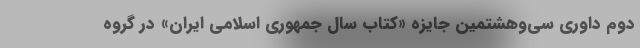
دوم داوری سی‌وهشتمین جایزه «کتاب سال جمهوری اسلامی ایران» در گروه